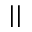
^ { | | }